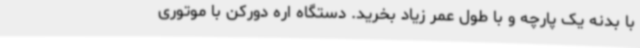
با بدنه یک پارچه و با طول عمر زیاد بخرید. دستگاه اره دورکن با موتوری